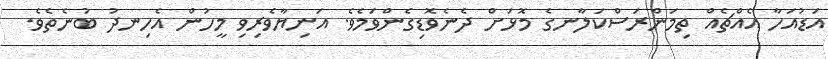
އަޑުއަހާ އެއްޗެއް ތިމަންރަސްކަލާނގެ މޮޅަށް ދެނެވޮޑިގެންވަމެވެ. އަނިޔާވެރިވި މީހުން އެހިނދު ބުނެތެވެ.